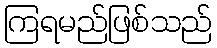
ကြရမည်ဖြစ်သည်